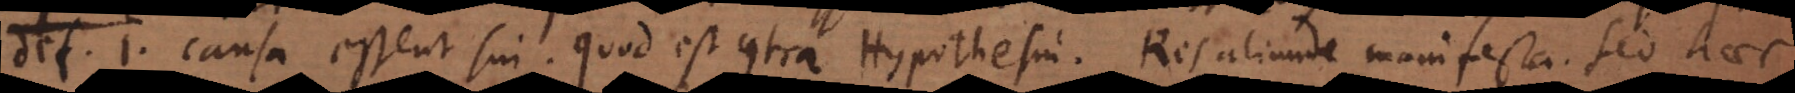
def. 1. causa essent sui. Quod est contra Hypothesin. Res aliunde manifesta. Sed haec